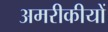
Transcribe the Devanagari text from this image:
अमरीकीयों